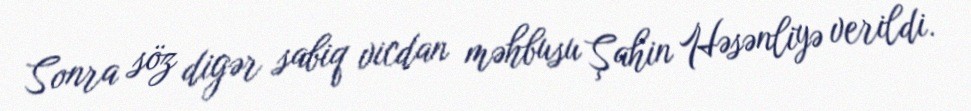
Sonra söz digər sabiq vicdan məhbusu Şahin Həsənliyə verildi.